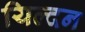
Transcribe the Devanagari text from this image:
यिल्दन